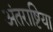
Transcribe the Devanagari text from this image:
अंतराष्टिया